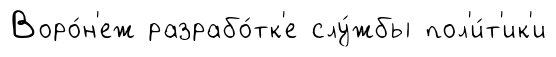
Воро́н'еж разрабо́тк'е слу́жбы пол'и́т'ик'и